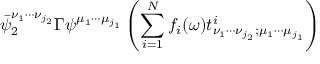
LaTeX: \bar { \psi } _ { 2 } ^ { \nu _ { 1 } \cdots \nu _ { j _ { 2 } } } \Gamma \psi ^ { \mu _ { 1 } \cdots \mu _ { j _ { 1 } } } \left( \sum _ { i = 1 } ^ { N } f _ { i } ( \omega ) t _ { \nu _ { 1 } \cdots \nu _ { j _ { 2 } } ; \mu _ { 1 } \cdots \mu _ { j _ { 1 } } } ^ { i } \right)